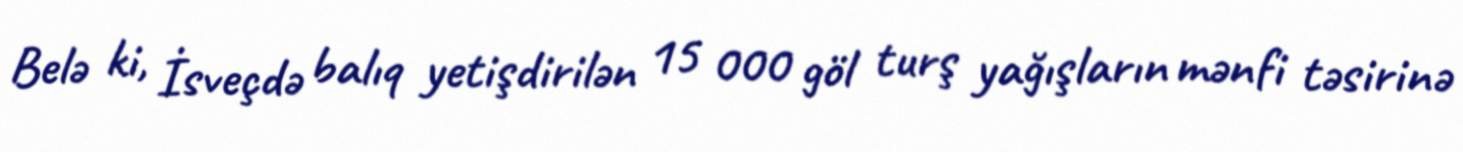
Belə ki, İsveçdə balıq yetişdirilən 15 000 göl turş yağışların mənfi təsirinə